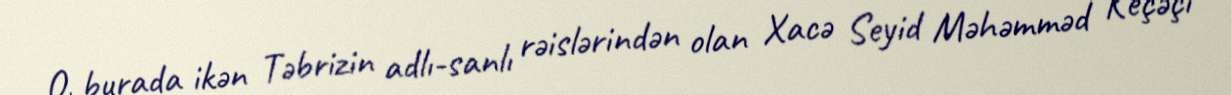
O, burada ikən Təbrizin adlı-sanlı rəislərindən olan Xacə Seyid Məhəmməd Keçəçi